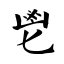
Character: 鬯